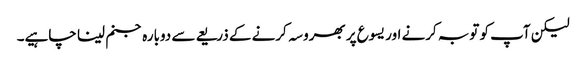
لیکن آپ کو توبہ کرنے اور یسوع پر بھروسہ کرنے کے ذریعے سے دوبارہ جنم لینا چاہیے۔